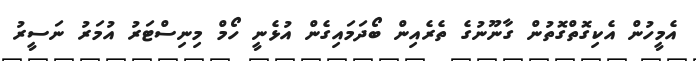
އެމީހުން އެކިގޮތްގޮތުން ގާނޫނުގެ ތެރެއިން ބޯދަމައިގެން އުޅެނީ ހޯމް މިނިސްޓަރު އުމަރު ނަސީރު